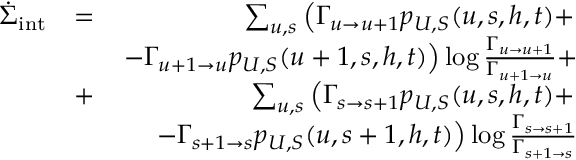
\begin{array} { r l r } { \dot { \Sigma } _ { \mathrm { i n t } } } & { = } & { \sum _ { u , s } \left( \Gamma _ { u \to u + 1 } p _ { U , S } ( u , s , h , t ) + \right. } \\ & { ~ } & { \left. - \Gamma _ { u + 1 \to u } p _ { U , S } ( u + 1 , s , h , t ) \right) \log \frac { \Gamma _ { u \to u + 1 } } { \Gamma _ { u + 1 \to u } } + } \\ & { + } & { \sum _ { u , s } \left( \Gamma _ { s \to s + 1 } p _ { U , S } ( u , s , h , t ) + \right. } \\ & { ~ } & { \left. - \Gamma _ { s + 1 \to s } p _ { U , S } ( u , s + 1 , h , t ) \right) \log \frac { \Gamma _ { s \to s + 1 } } { \Gamma _ { s + 1 \to s } } } \end{array}